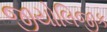
જીયોલિજીક